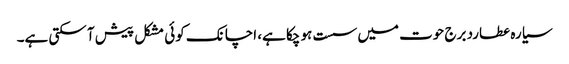
سیارہ عطارد برج حوت میں سست ہو چکا ہے، اچانک کوئی مشکل پیش آ سکتی ہے۔